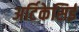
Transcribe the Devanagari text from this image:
अर्टिकेसिई